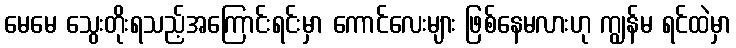
မေမေ သွေးတိုးရသည့်အကြောင်းရင်းမှာ ကောင်လေးများ ဖြစ်နေမလားဟု ကျွန်မ ရင်ထဲမှာ